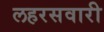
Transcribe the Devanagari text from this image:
लहरसवारी